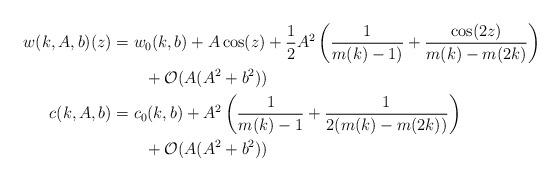
LaTeX: \begin{align*}\begin{aligned}w(k,A,b)(z)&=w_0(k,b)+A\cos(z)+\frac{1}{2}A^2\left(\frac{1}{m(k)-1)}+\frac{\cos(2z)}{m(k)-m(2k)}\right)\\&\qquad+\mathcal{O}(A(A^2+b^2))\\c(k,A,b)&=c_0(k,b)+A^2\left(\frac{1}{m(k)-1}+\frac{1}{2(m(k)-m(2k))}\right)\\&\qquad+\mathcal{O}(A(A^2+b^2))\end{aligned}\end{align*}